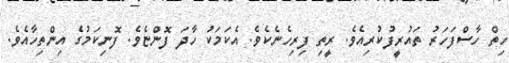
ހިތް ހާސްފަހަރު ތައުރީފުކުރިއެވެ. ރީތި ފިރިހެނެކެވެ. އެކަމަކު ހާދަ ފޮންޏެވެ. ފޮނިކަމުގެ އިންތިހާއެވެ.